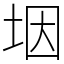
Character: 㘻